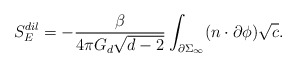
\begin{align*}S_{E}^{dil} = -\frac{\beta}{4\pi G_{d} \sqrt{d-2}} \int_{\partial\Sigma_{\infty}} (n \cdot \partial \phi) \sqrt{c}.\end{align*}